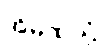
အိမ်ထဲသို့